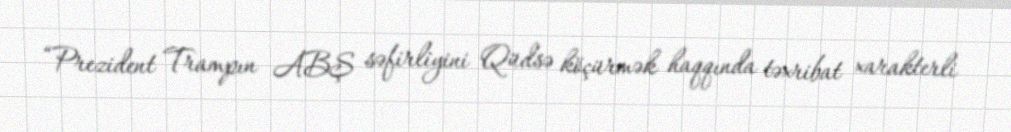
“Prezident Trampın ABŞ səfirliyini Qüdsə köçürmək haqqında təxribat xarakterli